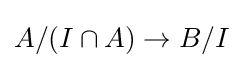
A/(I\cap A)\to B/I